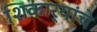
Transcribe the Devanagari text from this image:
शिकार्‍यांचे